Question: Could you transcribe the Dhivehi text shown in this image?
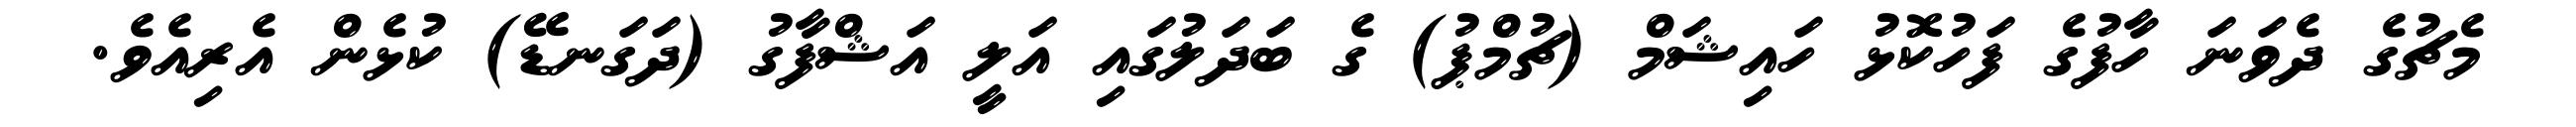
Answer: މެޗުގެ ދެވަނަ ހާފުގެ ފަހުކޮޅު ހައިޝަމް (ޗުމްޕު) ގެ ބަދަލުގައި އަލީ އަޝްފާގު (ދަގަނޑޭ) ކުޅެން އެރިއެވެ.